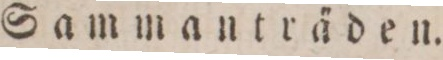
Sammanträden.